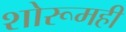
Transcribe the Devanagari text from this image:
शोरूमही